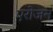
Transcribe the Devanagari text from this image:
एरोजन